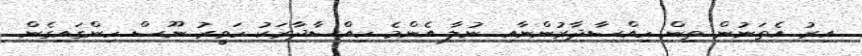
އިރު އެތަނުން ތިން ހިއްސާދާރުންނާއި ނުލާ އެންމެ ހިއްސާދާރަކު ހަވީރު ނޫސް ހިންގައިގެން